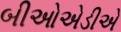
બીઓએડીએ